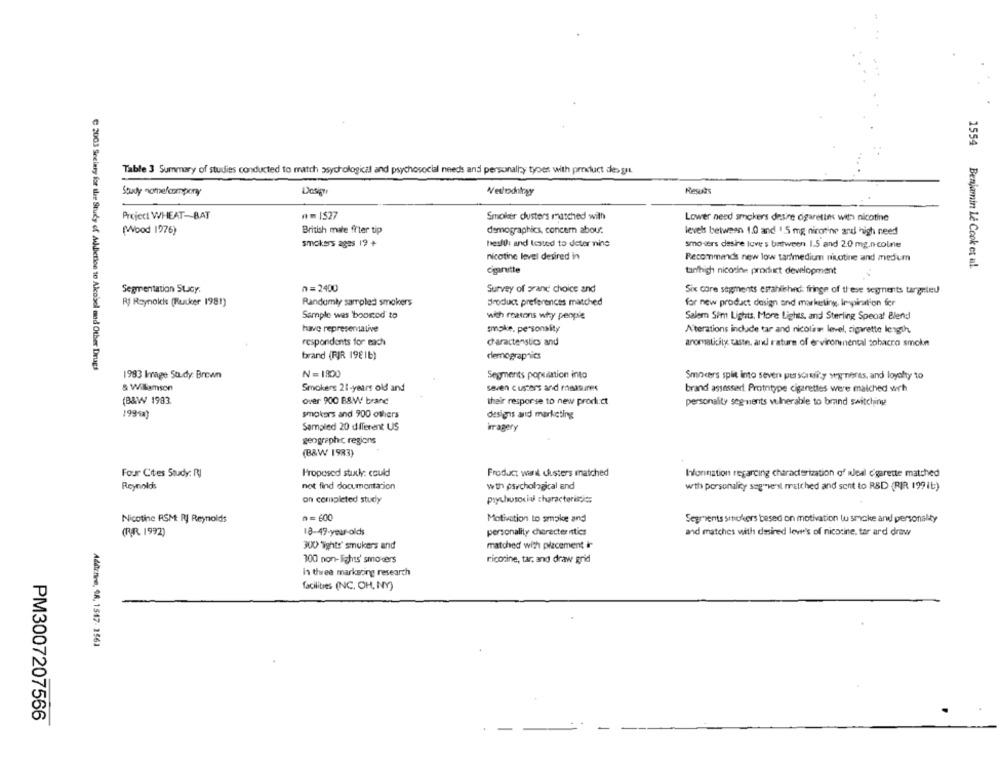
Table 3 Summary of studies conducted to match psychological and psychosocial needs and personally types with product des gut
Study nome/company
Design
Results
n = 1527
Project WHEAT-BAT
Smoker dusters matched with
Lower need smokers desire ogarettes with nicotine
British male ffter tip
demographics, concern about
(Wood 1976)
levels between 1.0 and 1.5 mg nicotine and high need
smokers ages 19 +
health and tested to deter nine
smokers desire love's between I.S and 20 mg.n-colme
nicotine level desired in
Recommends new low tarlmedium nicotine and medium
1554 Benjamin Le Cook et al.
cigarette
tinhigh nicotine product dewelopment
Segmentation Stacy,
n =2400
Survey of grand choice and
Six core segments establishedt fringe of these segments targeted
Rf Reynolcks (Rucker 1981)
Randomly sampled smokers
product preferences matched
for new product design and marketing, Ir piration for
Sample was 'boorod to
with reasons why people
Salem Sim Lights, More Lights, and Sterling Speca' Blend
have representative
smoke, personality
A'terations include tar and nicoline level, zigarette length,
respondents for each
characterstics and
aromaticity taste, and rature of environmental sohacro smoke
brand (RJR 1981b)
demographics
( 2003 Society for the Study of Addiction to Alcohol and Other Drugs
1983 Image Sody: Brown
N = 1800
Segments population into
Smocers split into seven personality weynents, and loyalty to
& Wilanson
Smokers 21-years old and
seven custers and measures
brand assessed Prototype cigarettes were matched wrh
(B&W 1983.
over 900 B&W! brand
their response to new prodi.ct
personality seg-ments vulnerable to brand switching
19948)
smokers and 900 others
designs and marketing
Sampled 20 different US
irragery
geographic regions
(B&W 1983)
Four Cres Study: RJ
Proposed stucky: could
Product wanik chsters matched
Information regarcing characterization of wleal c'garette matched
Reynolds
not find documentarion
wth psychological and
wth personality segveril matched and sent to RED (RIR 199 ib)
on completed study
psychosocio characteristics
Nicotine RSM: RJ Reynolds
n = 600
Motivation to smoke and
Segments sinukers besed on motivation tu smoke and personality
(R.R. 1992)
18-49-year-olds
personality character istics
and matches with desired leve's of nicotine, tar ard draw
300 Tights' smukers and
matched with placement in
100 non-lights' smokers
nicotine, tar, and draw grid
in twee marketing research
facilities (NC, OH, NY)
Addictive, OR, 1547- 1561
PM3007207566